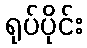
ရုပ်ပိုင်း